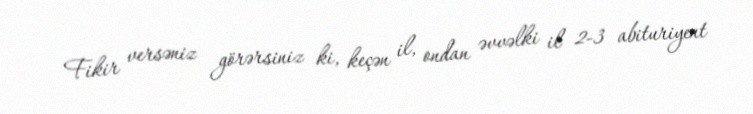
Fikir versəniz görərsiniz ki, keçən il, ondan əvvəlki il 2-3 abituriyent